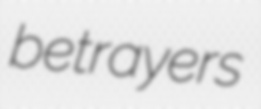
betrayers